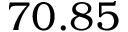
7 0 . 8 5